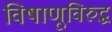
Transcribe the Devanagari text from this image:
विषाणूविरुद्ध